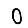
Digit: 0